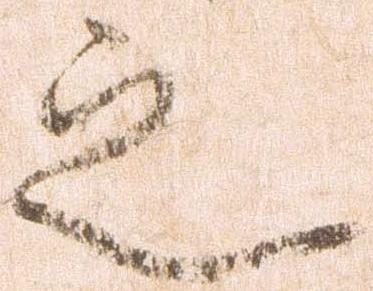
之